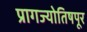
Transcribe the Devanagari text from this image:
प्रागज्योतिषपूर